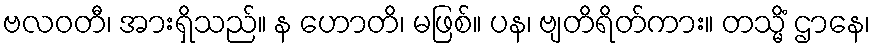
ဗလဝတီ၊ အားရှိသည်။ န ဟောတိ၊ မဖြစ်။ ပန၊ ဗျတိရိတ်ကား။ တသ္မိံ ဌာနေ၊